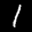
Label: 1